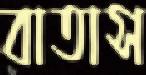
বাতাস